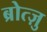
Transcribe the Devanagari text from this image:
ब्रोत्ज़ु